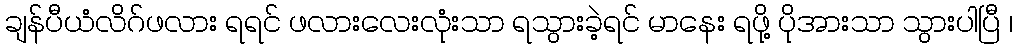
ချန်ပီယံလိဂ်ဖလား ရရင် ဖလားလေးလုံးသာ ရသွားခဲ့ရင် မာနေး ရဖို့ ပိုအားသာ သွားပါပြီ ၊